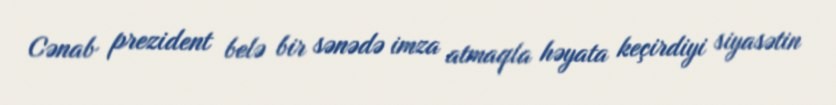
Cənab prezident belə bir sənədə imza atmaqla həyata keçirdiyi siyasətin